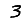
Digit: 3